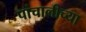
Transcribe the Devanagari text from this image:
पांचालीच्या